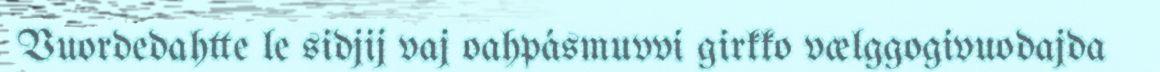
Vuordedahtte le sidjij vaj oahpásmuvvi girkko vælggogivuodajda